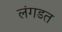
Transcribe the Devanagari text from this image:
लंगडत